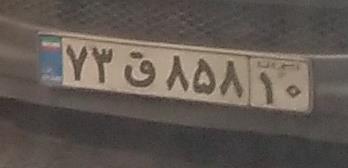
۷۳ق۸۵۸۱۰